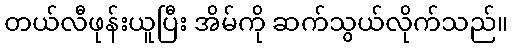
တယ်လီဖုန်းယူပြီး အိမ်ကို ဆက်သွယ်လိုက်သည်။